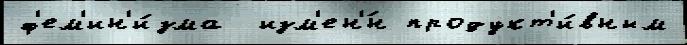
ф'ем'ин'и́зма  изм'ен'́н продукт'и́вным